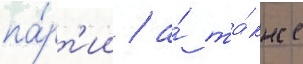
па́рт'ии / а́ та́кже